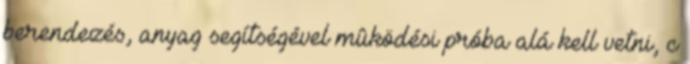
berendezés, anyag segítségével mûködési próba alá kell vetni, c